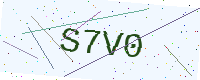
Text: S7V0